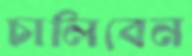
চালিবেন